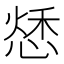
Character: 𢝲